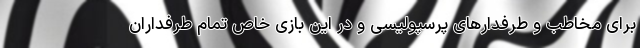
برای مخاطب و طرفدارهای پرسپولیسی و در این بازی خاص تمام طرفداران